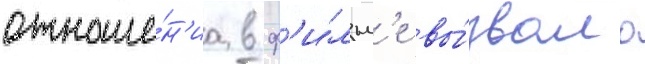
отноше́н'иа в ф'и́льм'е вы́звало